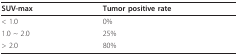
<table><thead><tr><td><b>SUV-max</b></td><td><b>Tumor positive rate</b></td></tr></thead><tbody><tr><td>&lt; 1.0</td><td>0%</td></tr><tr><td>1.0 ~ 2.0</td><td>25%</td></tr><tr><td>&gt; 2.0</td><td>80%</td></tr></tbody></table>